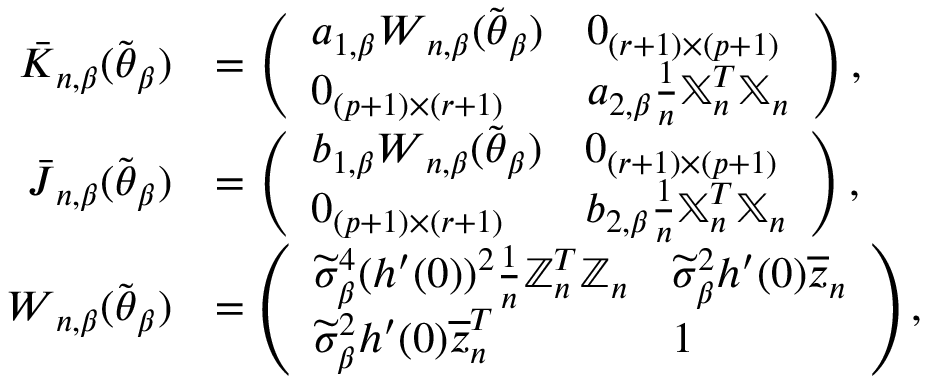
\begin{array} { r l } { \boldsymbol { \bar { K } } _ { n , \beta } ( \widetilde { \boldsymbol { \theta } } _ { \beta } ) } & { = \left( \begin{array} { l l } { a _ { 1 , \beta } \boldsymbol { W } _ { n , \beta } ( \widetilde { \boldsymbol { \theta } } _ { \beta } ) } & { \boldsymbol { 0 } _ { ( r + 1 ) \times ( p + 1 ) } } \\ { \boldsymbol { 0 } _ { ( p + 1 ) \times ( r + 1 ) } } & { a _ { 2 , \beta } \frac { 1 } { n } \mathbb { X } _ { n } ^ { T } \mathbb { X } _ { n } } \end{array} \right) , } \\ { \boldsymbol { \bar { J } } _ { n , \beta } ( \widetilde { \boldsymbol { \theta } } _ { \beta } ) } & { = \left( \begin{array} { l l } { b _ { 1 , \beta } \boldsymbol { W } _ { n , \beta } ( \widetilde { \boldsymbol { \theta } } _ { \beta } ) } & { \boldsymbol { 0 } _ { ( r + 1 ) \times ( p + 1 ) } } \\ { \boldsymbol { 0 } _ { ( p + 1 ) \times ( r + 1 ) } } & { b _ { 2 , \beta } \frac { 1 } { n } \mathbb { X } _ { n } ^ { T } \mathbb { X } _ { n } } \end{array} \right) , } \\ { \boldsymbol { W } _ { n , \beta } ( \widetilde { \boldsymbol { \theta } } _ { \beta } ) } & { = \left( \begin{array} { l l } { \widetilde { \sigma } _ { \beta } ^ { 4 } ( h ^ { \prime } ( 0 ) ) ^ { 2 } \frac { 1 } { n } \mathbb { Z } _ { n } ^ { T } \mathbb { Z } _ { n } } & { \widetilde { \sigma } _ { \beta } ^ { 2 } h ^ { \prime } ( 0 ) \overline { { \boldsymbol { z } } } _ { n } } \\ { \widetilde { \sigma } _ { \beta } ^ { 2 } h ^ { \prime } ( 0 ) \overline { { \boldsymbol { z } } } _ { n } ^ { T } } & { 1 } \end{array} \right) , } \end{array}